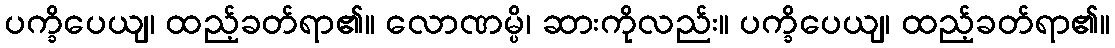
ပက္ခိပေယျ၊ ထည့်ခတ်ရာ၏။ လောဏမ္ပိ၊ ဆားကိုလည်း။ ပက္ခိပေယျ၊ ထည့်ခတ်ရာ၏။